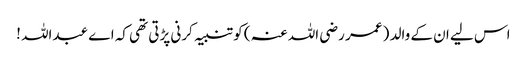
اس لیے ان کے والد ( عمر رضی اللہ عنہ ) کو تنبیہ کرنی پڑتی تھی کہ اے عبداللہ !